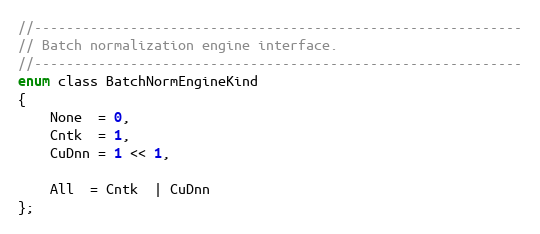
Language: C
//-------------------------------------------------------------
// Batch normalization engine interface.
//-------------------------------------------------------------
enum class BatchNormEngineKind
{
    None  = 0,
    Cntk  = 1,
    CuDnn = 1 << 1,

    All  = Cntk  | CuDnn
};